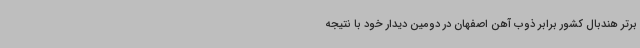
برتر هندبال کشور برابر ذوب آهن اصفهان در دومین دیدار خود با نتیجه